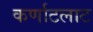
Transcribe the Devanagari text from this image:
कर्णाटलाट